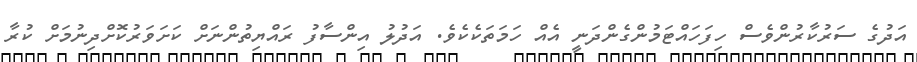
އަދުގެ ސަރުކާރުންވެސް ހިފަހައްޓަމުންގެންދަނީ އެއް ހަމަތަކެކެވެ. އަދުލު އިންސާފު ރައްޔިތުންނަށް ކަށަވަރުކޮށްދިނުމަށް ކުރާ